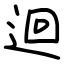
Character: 迴